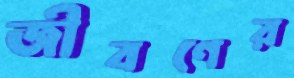
জীবণের